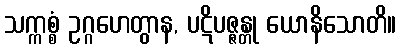
သက္ကစ္စံ ဥဂ္ဂဟေတွာန, ပဋိပဇ္ဇန္တု ယောနိသောတိ။